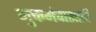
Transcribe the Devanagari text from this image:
मुक्तमंचासाठी